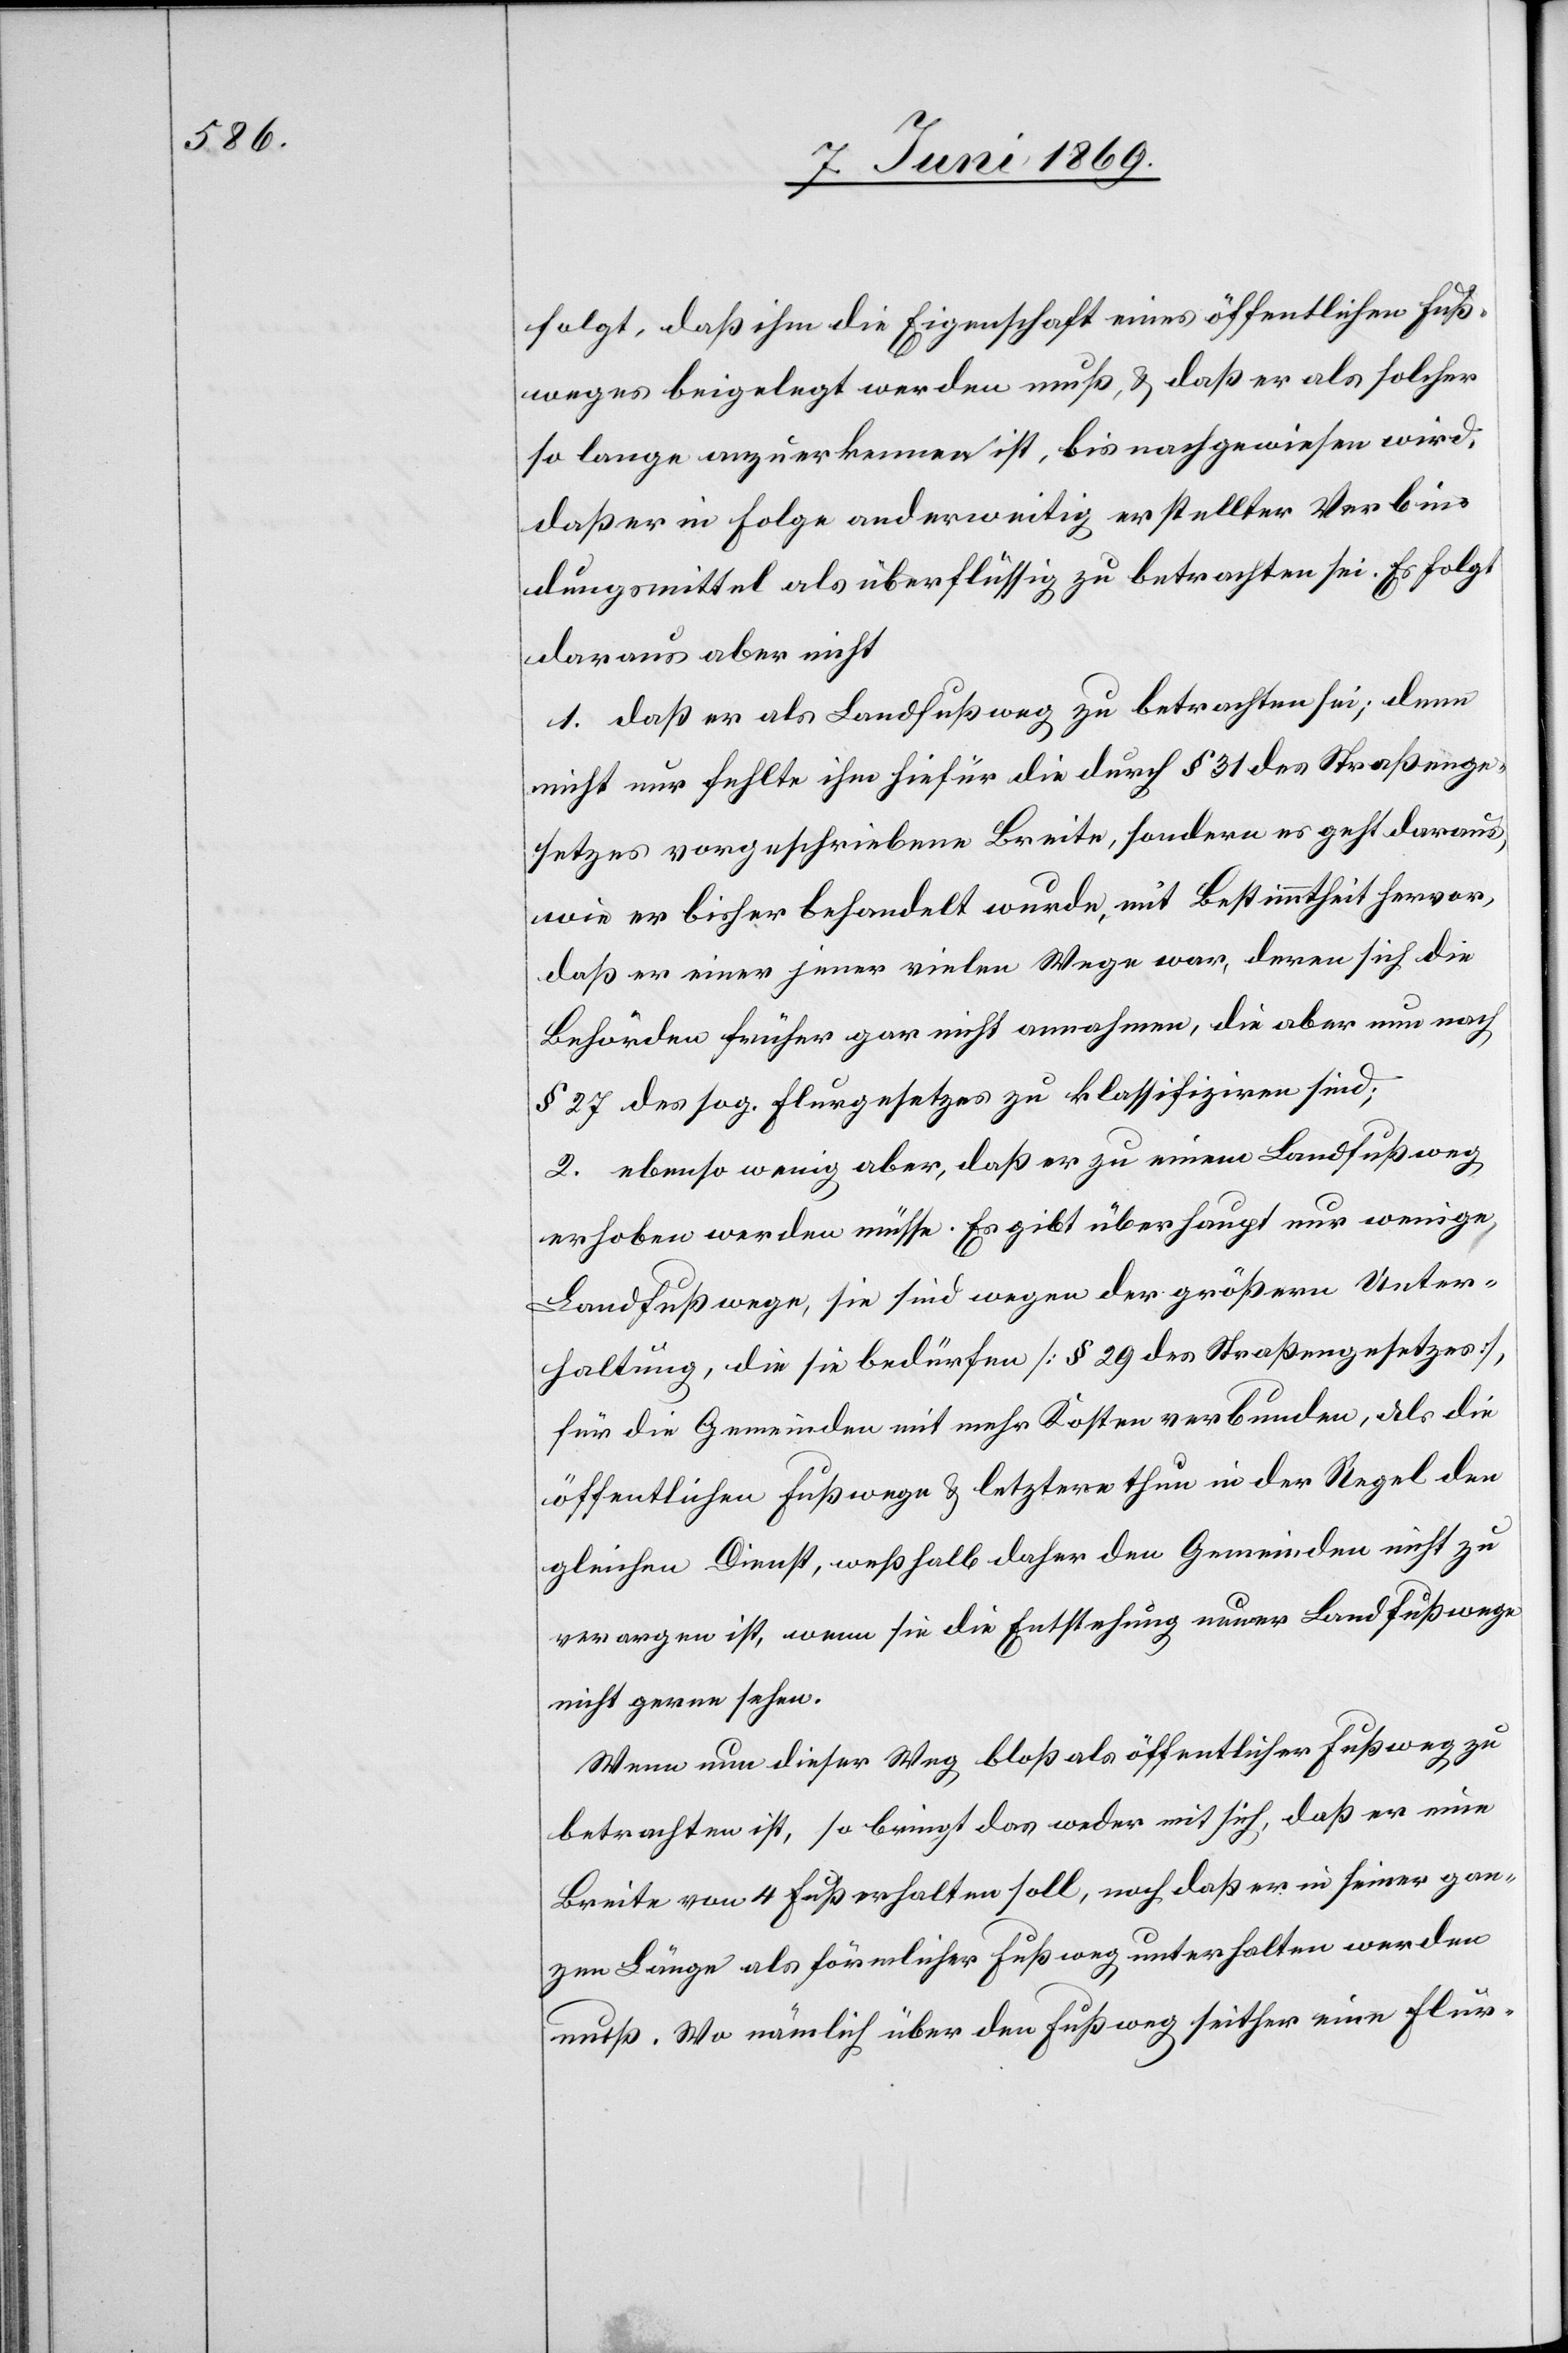
folgt, daß ihm die Eigenschaft eines öffentlichen Fuß¬
weges beigelegt werden muß, u. daß er als solcher
so lange anzuerkennen ist, bis nachgewiesen wird,
daß er im Laufe anderweitig erstellter Verbin¬
dungsmittel als überflüssig zu betrachten sei. Es folgt
daraus aber nicht
1. daß er als Landfußweg zu betrachten sei; denn
nicht nur fehlte ihm hiefür durch § 31 des Straßenge¬
setzes vorgeschriebene Breite, sondern es geht draus,
wie er bisher behandelt wurde, mit Bestimmtheit hervor,
daß er einer jener vielen Wege war, deren sich die
Behörden früher gar nicht annahmen, die aber nun nach
§ 27 des sog. Flurgesetzes zu klassifiziren sind;
2. ebenso wenig aber, daß er zu einem Landfußweg
erhoben werden müsse. Es gibt überhaupt nur wenige
Landfußwege, sie sind wegen der größern Unter¬
haltung, die sie bedürfen [§ 29 des Straßengesetzes],
für die Gemeinden mit mehr Kosten verbunden, als die
öffentlichen Fußwege u. letztere thun in der Regel den
gleichen Dienst, weßhalb daher den Gemeinden nicht zu
verargen ist, wenn sie die Entstehung neuer Landfußwege
nicht gerne sehen.
Wenn nun dieser Weg bloß als öffentlicher Fußweg zu
betrachten ist, so bringt das weder mit sich, daß er eine
Breite von 4 Fuß erhalten soll, noch daß er in seiner gan¬
zen Länge als förmlicher Fußweg unterhalten werden
muß. Wo nämlich über den Fußweg seither eine Flur-